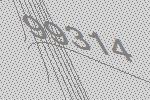
99314